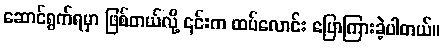
ဆောင်ရွက်ရမှာ ဖြစ်တယ်လို့ ၎င်းက ထပ်လောင်း ပြောကြားခဲ့ပါတယ်။